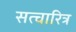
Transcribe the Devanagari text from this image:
सत्चारित्र